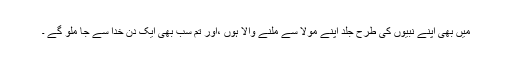
میں بھی اپنے نبیوں کی طرح جلد اپنے مولا سے ملنے والا ہوں ،اور تم سب بھی ایک دن خدا سے جا ملو گے ۔